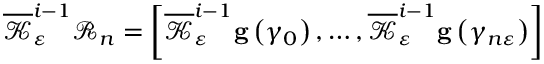
\overline { { \mathcal { K } } } _ { \varepsilon } ^ { i - 1 } \mathcal { R } _ { n } = \left[ \overline { { \mathcal { K } } } _ { \varepsilon } ^ { i - 1 } \mathbf { g } \left( \gamma _ { 0 } \right) , \ldots , \overline { { \mathcal { K } } } _ { \varepsilon } ^ { i - 1 } \mathbf { g } \left( \gamma _ { n \varepsilon } \right) \right]